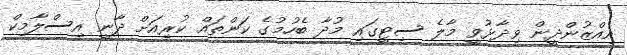
އިއްޒުންދީން ވިދާޅުވީ މާލެ ސިޓީގައި މުދާ ބެހުމުގެ ކަންތައް ކުރިއަށް ދާނީ އިސްލާމިކް